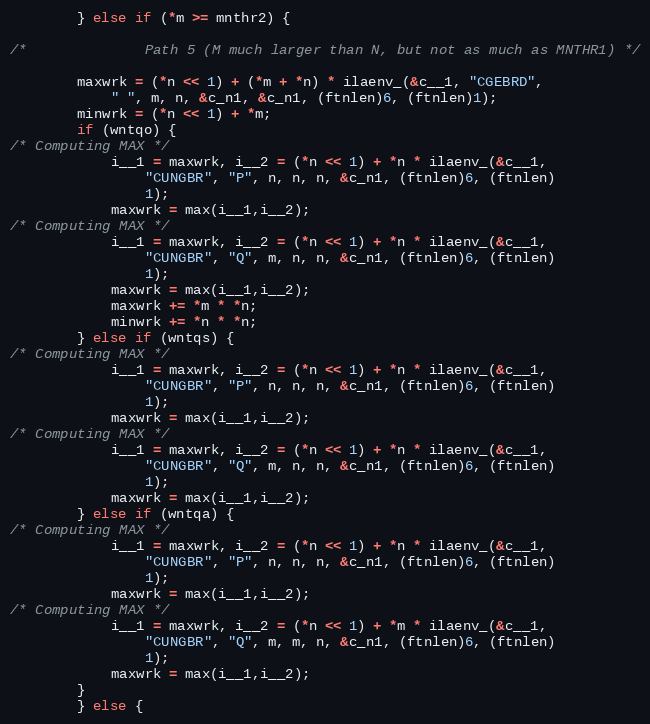
Language: C
	    } else if (*m >= mnthr2) {

/*              Path 5 (M much larger than N, but not as much as MNTHR1) */

		maxwrk = (*n << 1) + (*m + *n) * ilaenv_(&c__1, "CGEBRD",
			" ", m, n, &c_n1, &c_n1, (ftnlen)6, (ftnlen)1);
		minwrk = (*n << 1) + *m;
		if (wntqo) {
/* Computing MAX */
		    i__1 = maxwrk, i__2 = (*n << 1) + *n * ilaenv_(&c__1,
			    "CUNGBR", "P", n, n, n, &c_n1, (ftnlen)6, (ftnlen)
			    1);
		    maxwrk = max(i__1,i__2);
/* Computing MAX */
		    i__1 = maxwrk, i__2 = (*n << 1) + *n * ilaenv_(&c__1,
			    "CUNGBR", "Q", m, n, n, &c_n1, (ftnlen)6, (ftnlen)
			    1);
		    maxwrk = max(i__1,i__2);
		    maxwrk += *m * *n;
		    minwrk += *n * *n;
		} else if (wntqs) {
/* Computing MAX */
		    i__1 = maxwrk, i__2 = (*n << 1) + *n * ilaenv_(&c__1,
			    "CUNGBR", "P", n, n, n, &c_n1, (ftnlen)6, (ftnlen)
			    1);
		    maxwrk = max(i__1,i__2);
/* Computing MAX */
		    i__1 = maxwrk, i__2 = (*n << 1) + *n * ilaenv_(&c__1,
			    "CUNGBR", "Q", m, n, n, &c_n1, (ftnlen)6, (ftnlen)
			    1);
		    maxwrk = max(i__1,i__2);
		} else if (wntqa) {
/* Computing MAX */
		    i__1 = maxwrk, i__2 = (*n << 1) + *n * ilaenv_(&c__1,
			    "CUNGBR", "P", n, n, n, &c_n1, (ftnlen)6, (ftnlen)
			    1);
		    maxwrk = max(i__1,i__2);
/* Computing MAX */
		    i__1 = maxwrk, i__2 = (*n << 1) + *m * ilaenv_(&c__1,
			    "CUNGBR", "Q", m, m, n, &c_n1, (ftnlen)6, (ftnlen)
			    1);
		    maxwrk = max(i__1,i__2);
		}
	    } else {